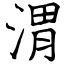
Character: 渭